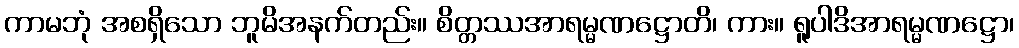
ကာမဘုံ အစရှိသော ဘူမိအနက်တည်း။ စိတ္တဿအာရမ္မဏဋ္ဌောတိ၊ ကား။ ရူပါဒိအာရမ္မဏဋ္ဌော၊